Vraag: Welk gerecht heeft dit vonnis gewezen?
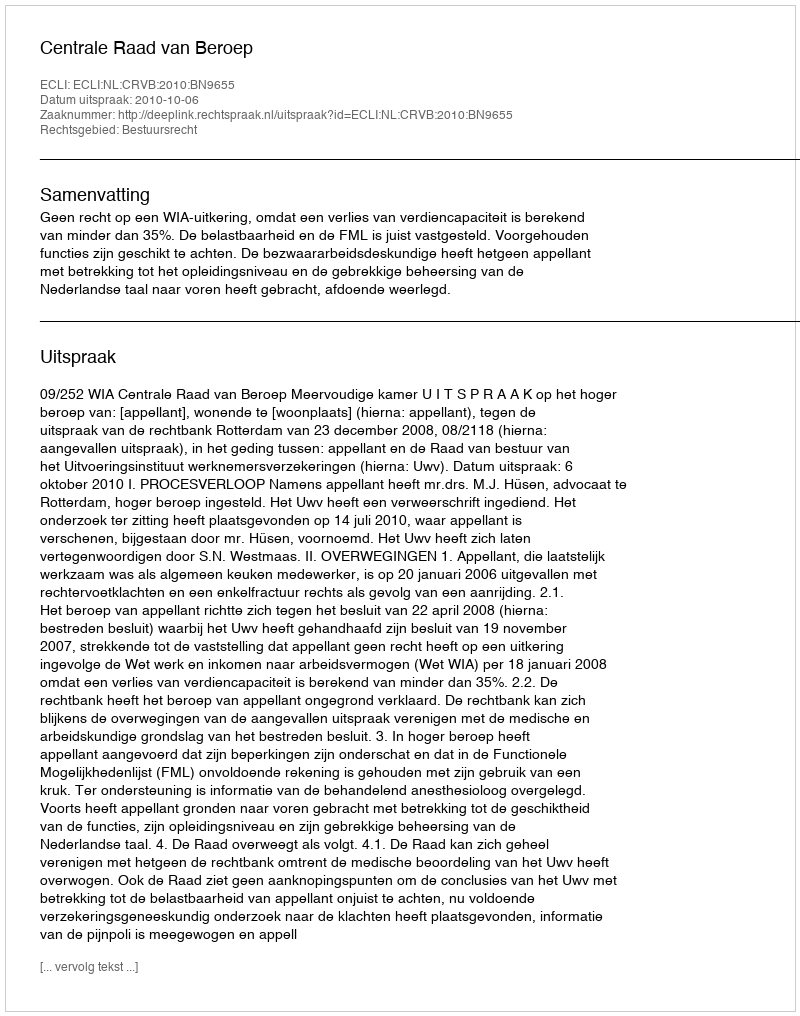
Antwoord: Centrale Raad van Beroep